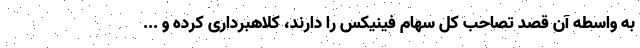
به واسطه آن قصد تصاحب کل سهام فینیکس را دارند، کلاهبرداری کرده و ...